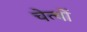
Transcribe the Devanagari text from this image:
चेत्यों